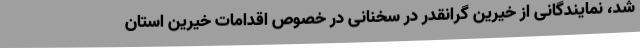
شد، نمایندگانی از خیرین گرانقدر در سخنانی در خصوص اقدامات خیرین استان